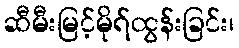
ဆီမီးမြင့်မိုရ်ထွန်းခြင်း၊